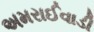
અમરાઈવાડી